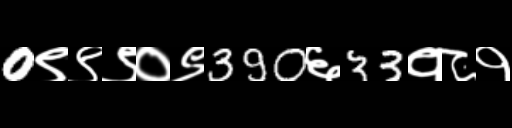
Text: 0९९९०९390६33१८१